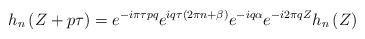
LaTeX: \begin{align*}h_{n}\left( Z+p\tau\right) =e^{-i\pi\tau pq}e^{iq\tau\left(2\pi n + \beta \right)}e^{-iq\alpha}e^{-i2\pi qZ}h_{n}\left(Z\right)\end{align*}